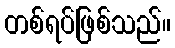
တစ်ရပ်ဖြစ်သည်။